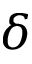
\delta